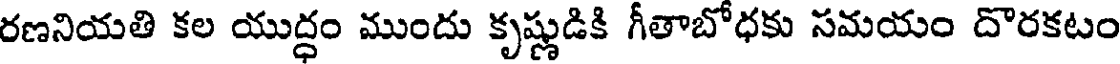
రణనియతి కల యుద్ధం ముందు కృష్ణుడికి గీతాబోధకు సమయం దొరకటం